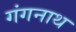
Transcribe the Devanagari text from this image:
गंगनाथ